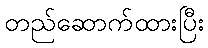
တည်ဆောက်ထားပြီး